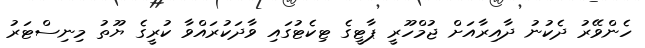
ހެންވޭރު ދެކުނު ދާއިރާއަށް ޖުމްހޫރީ ޕާޓީގެ ޓިކެޓުގައި ވާދަކުރައްވާ ކުރީގެ ޔޫތު މިނިސްޓަރު